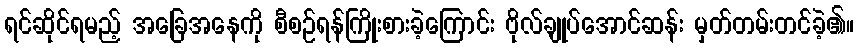
ရင်ဆိုင်ရမည့် အခြေအနေကို စီစဉ်ရန်ကြိုးစားခဲ့ကြောင်း ဗိုလ်ချုပ်အောင်ဆန်း မှတ်တမ်းတင်ခဲ့၏။